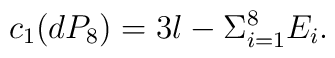
c_{1}(dP_{8})=3l-\Sigma_{i=1}^{8}E_{i}.